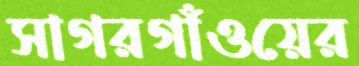
সাগরগাঁওয়ের